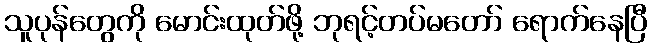
သူပုန်တွေကို မောင်းထုတ်ဖို့ ဘုရင့်တပ်မတော် ရောက်နေပြီ